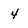
Character: 4